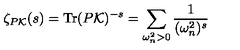
\zeta _ { P { \cal K } } ( s ) = \mathrm { T r } ( P { \cal K } ) ^ { - s } = \sum _ { \omega _ { n } ^ { 2 } > 0 } \frac { 1 } { ( \omega _ { n } ^ { 2 } ) ^ { s } }